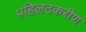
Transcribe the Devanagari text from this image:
पहिलटकरीण